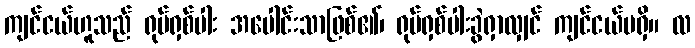
ကျင်ငယ်ဟူသည် ရုပ်ရှစ်ပါး အပေါင်းသာဖြစ်၏၊ ရုပ်ရှစ်ပါးခွဲရှာလျှင် ကျင်ငယ်မရှိ။ လ